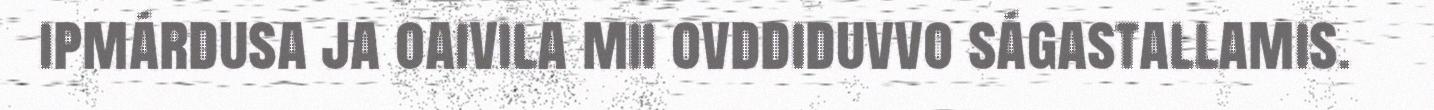
ipmárdusa ja oaivila mii ovddiduvvo ságastallamis.